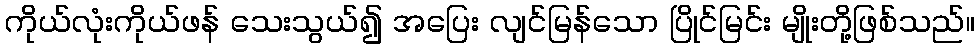
ကိုယ်လုံးကိုယ်ဖန် သေးသွယ်၍ အပြေး လျင်မြန်သော ပြိုင်မြင်း မျိုးတို့ဖြစ်သည်။